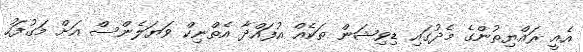
އެއީ ރައްޔިތުންގެ މެދުގައި ޑިވިޝަން ތަކެއް އުފައްދާ އެތްނިކް ވަޔަލެންސް އަށް މަގުފަހު